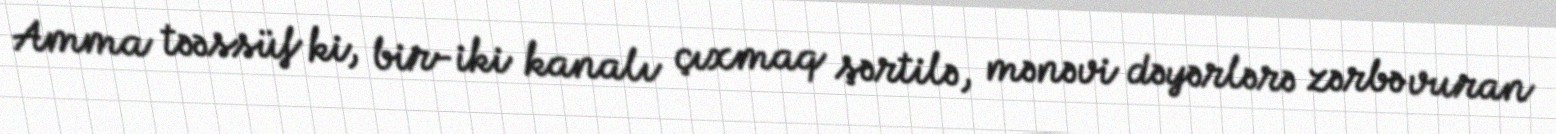
Amma təəssüf ki, bir-iki kanalı çıxmaq şərtilə, mənəvi dəyərlərə zərbə vuran